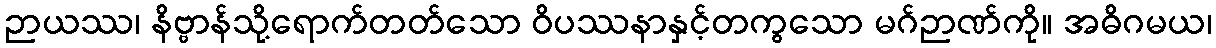
ဉာယဿ၊ နိဗ္ဗာန်သို့ရောက်တတ်သော ဝိပဿနာနှင့်တကွသော မဂ်ဉာဏ်ကို။ အဓိဂမယ၊